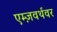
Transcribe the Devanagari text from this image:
एम्ज़वर्थवर